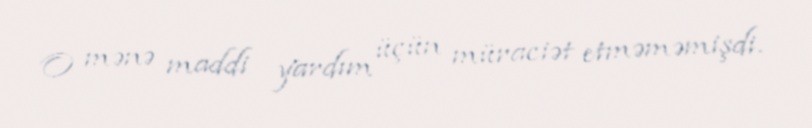
O mənə maddi yardım üçün müraciət etməməmişdi.